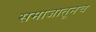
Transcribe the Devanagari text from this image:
समाजातूनच